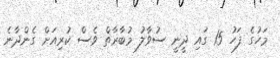
މަހުގެ ފަހު 15 ގައި ދީނީ ސުވާލު މުބާރާތް ވެސް ކުރިއަށް ގެންދާނެ